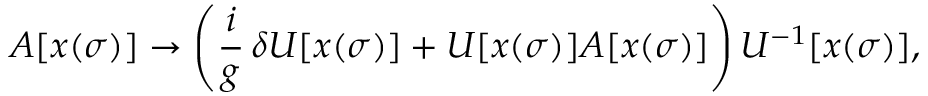
A [ x ( \sigma ) ] \rightarrow \left( \frac { i } { g } \, \delta U [ x ( \sigma ) ] + U [ x ( \sigma ) ] A [ x ( \sigma ) ] \right) U ^ { - 1 } [ x ( \sigma ) ] ,